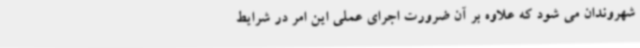
شهروندان می شود که علاوه بر آن ضرورت اجرای عملی این امر در شرایط